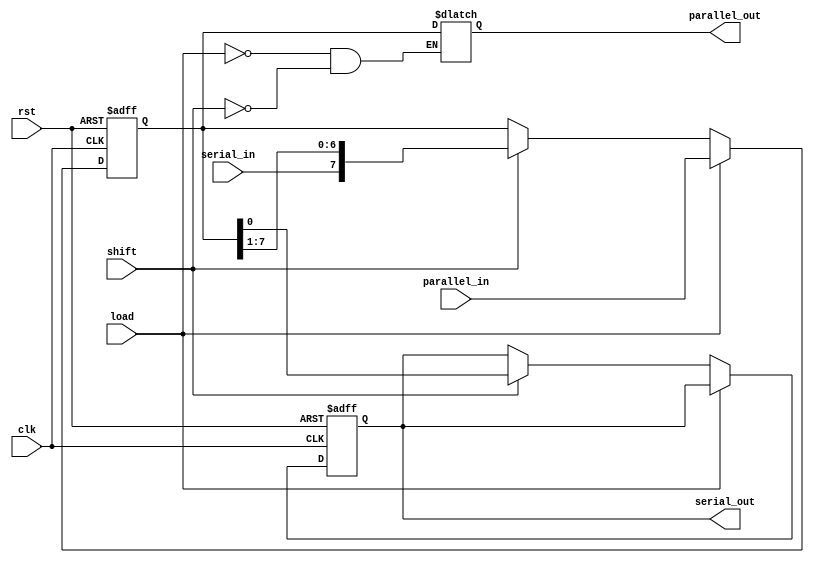
module ShiftRegister #(
    parameter WIDTH = 8 // Width of the shift register
)(
    input wire clk,                      // Clock signal
    input wire rst,                      // Reset signal
    input wire load,                     // Load enable signal
    input wire shift,                    // Shift enable signal
    input wire [WIDTH-1:0] parallel_in,  // Parallel input data
    input wire serial_in,                // Serial input data
    output reg serial_out,               // Serial output data
    output reg [WIDTH-1:0] parallel_out  // Parallel output data
);

    // Internal register to hold the shift register contents
    reg [WIDTH-1:0] shift_reg;

    // Always block triggered on clock edge
    always @(posedge clk or posedge rst) begin
        if (rst) begin
            // Reset shift register to zero
            shift_reg <= {WIDTH{1'b0}};
            serial_out <= 1'b0;
        end else if (load) begin
            // Load the parallel input into the shift register
            shift_reg <= parallel_in;
        end else if (shift) begin
            // Shift operation
            serial_out <= shift_reg[0];         // Output the least significant bit
            shift_reg <= {serial_in, shift_reg[WIDTH-1:1]}; // Shift left
        end
    end

    // Parallel output assignment
    always @* begin
        if (!load && !shift) begin
            parallel_out = shift_reg; // Output current state
        end else begin
            parallel_out = parallel_out; // Hold value in other cases
        end
    end

endmodule